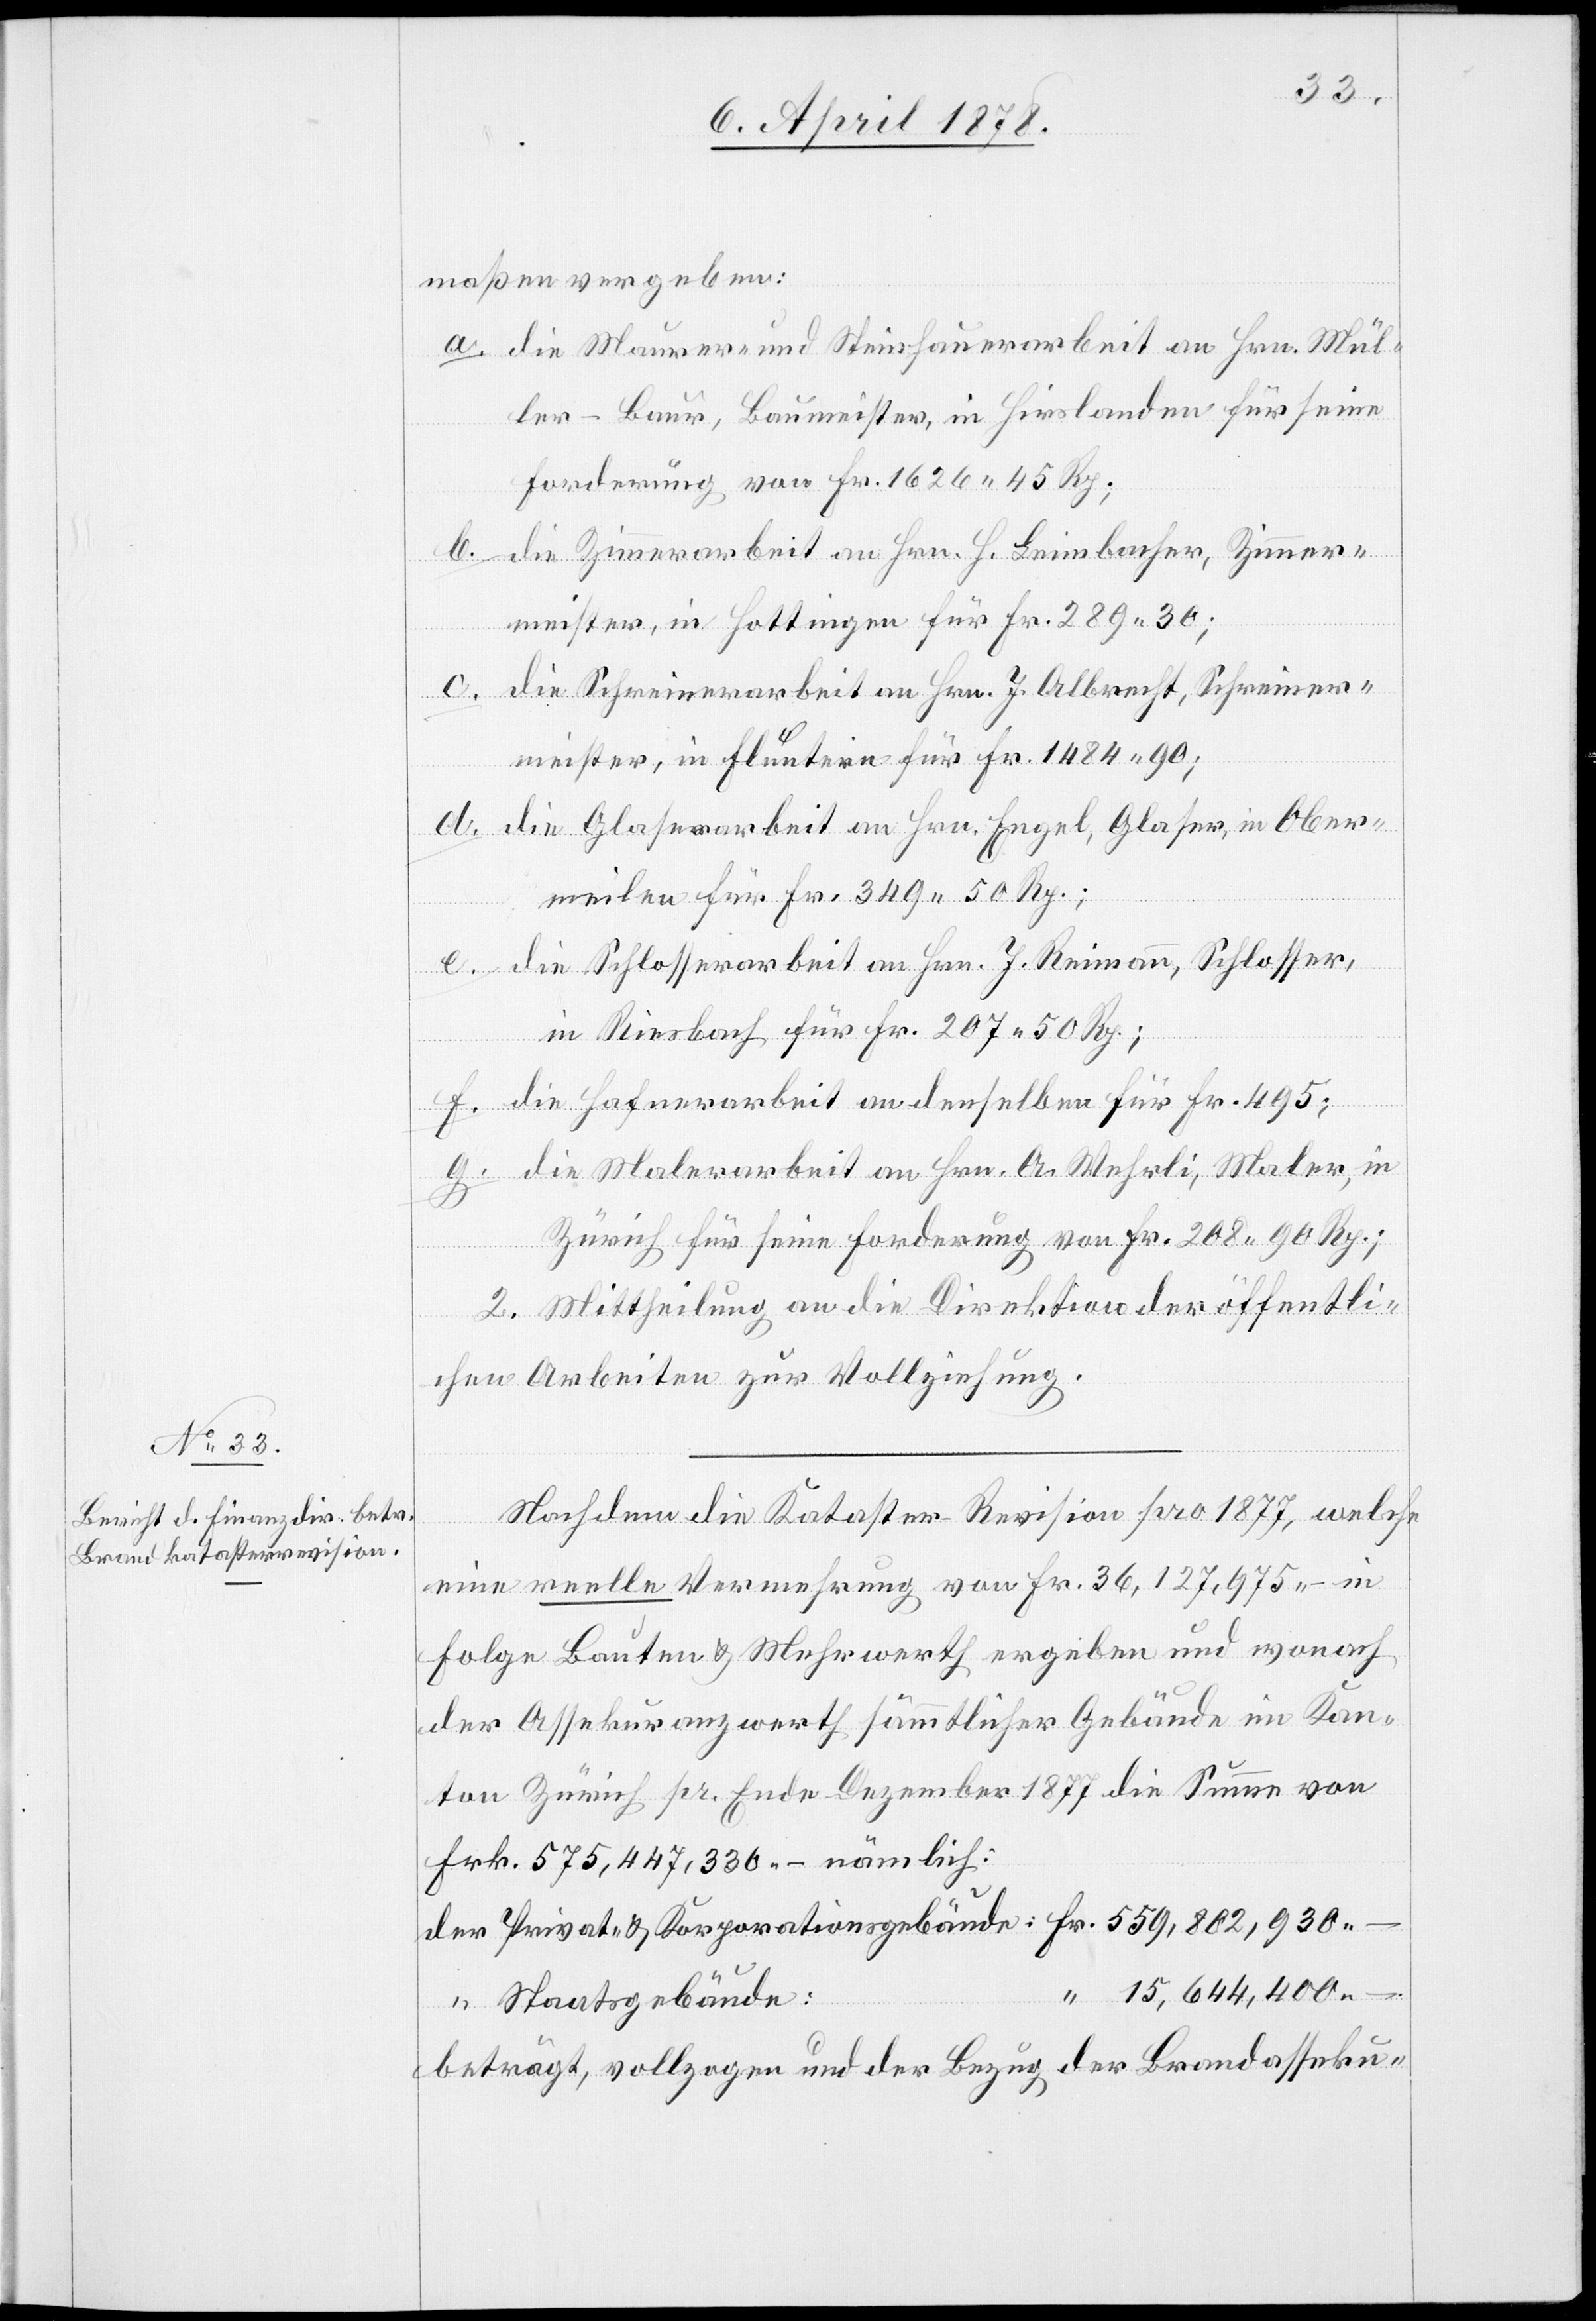
maßen vergeben:
die Maurer- und Steinhauerarbeit an Hrn. Mül¬
ler-Baur, Baumeister, in Hirslanden für seine
Forderung von Fr. 1626. 45 Rp;
die Zimmerarbeit an Hrn. H. Leimbacher, Zimmer¬
meister, in Hottingen für Fr. 289. 30;
meister, in Fluntern für Fr. 1484. 90;
die Glaserarbeit an Hrn. Engel, Glaser, in Ober¬
meilen für Fr. 349. 50 Rp.;
Fr.
die Schlosserarbeit an Hrn. J. Reimann, Schlosser,
in Riesbach für Fr. 207. 50 Rp.;
f.
die Hafnerarbeit an denselben für Fr. 495;
die Malerarbeit an Hrn. A. Wehrli, Maler, in
Zürich für seine Forderung von Fr. 208. 90 Rp.;
2. Mittheilung an die Direktion der öffentli¬
chen Arbeiten zur Vollziehung.
der
Nachdem die Kataster-Revision pro 1877, welche
eine reelle Vermehrung von Fr. 36,127,975.– in
Folge Bauten & Mehrwerth ergeben und wonach
der Assekuranzwerth sämmtlicher Gebäude im Kan¬
ton Zürich pr. Ende Dezember 1877 die Summe von
Frk. 575,447,330.– nämlich:
“ Staatsgebäude
beträgt, vollzogen und der Bezug der Brandasseku-